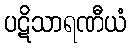
ပဋိသာရဏီယံ